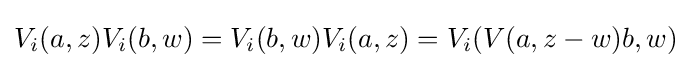
V_{i}(a,z)V_{i}(b,w)=V_{i}(b,w)V_{i}(a,z)=V_{i}(V(a,z-w)b,w)